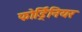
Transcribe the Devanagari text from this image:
फोर्ड्रिनियर